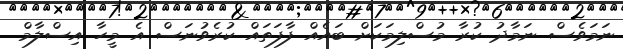
ނަމަވެސް ނަމާދު ކުރާ މުސްލިމަކަށް ބައެއް ފާފަތައް ކުރެވުނަސް އެ މީހާ އިސްލާމް